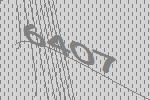
6407